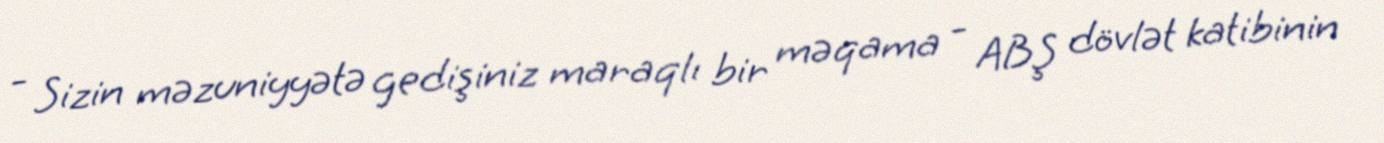
- Sizin məzuniyyətə gedişiniz maraqlı bir məqama - ABŞ dövlət katibinin